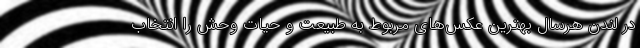
در لندن هرسال بهترین عکس‌های مربوط به طبیعت و حیات وحش را انتخاب